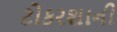
ટોકરશાની